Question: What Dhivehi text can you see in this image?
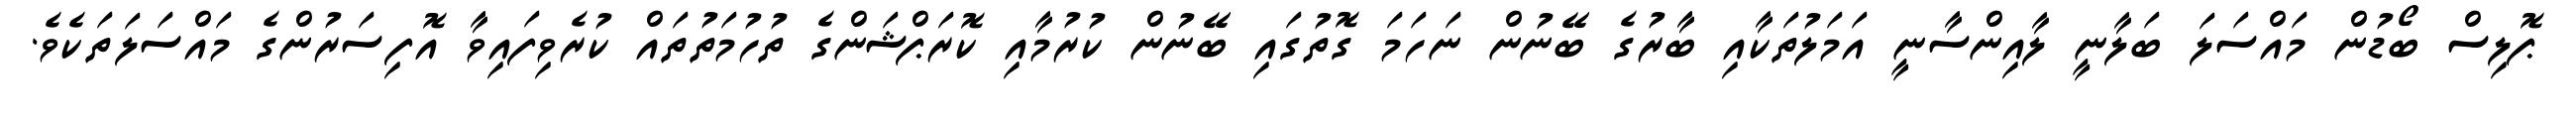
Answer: ޕޮލިސް ބޯޑުން މައްސަލަ ބަލާނީ ލާއިންސާނީ އަމަލުތަކާއި ބާރުގެ ބޭނުން ނަހަމަ ގޮތުގައި ބޭނުން ކުރުމާއި ކޮރަޕްޝަންގެ ތުހުމަތުތައް ކުރެވިފައިވާ އޮފިސަރުންގެ މައްސަލަތަކެވެ.